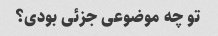
تو چه موضوعی جزئی بودی؟